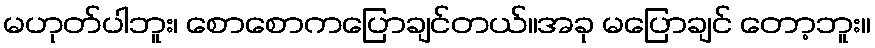
မဟုတ်ပါဘူး၊ စောစောကပြောချင်တယ်။အခု မပြောချင် တော့ဘူး။